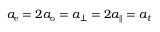
a _ { \mathrm { e } } = 2 a _ { \mathrm { o } } = a _ { \perp } = 2 a _ { \parallel } = a _ { t }